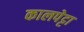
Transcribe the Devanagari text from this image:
कालपेट्टा